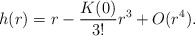
\begin{align*}h(r) = r - \frac{K(0)}{3!}r^3 + O(r^4).\end{align*}